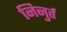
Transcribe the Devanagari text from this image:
निनुर्त